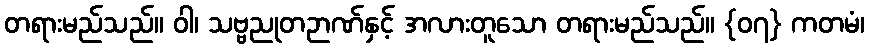
တရားမည်သည်။ ဝါ၊ သဗ္ဗညုတဉာဏ်နှင့် အလားတူသော တရားမည်သည်။ {၀၇} ကတမံ၊